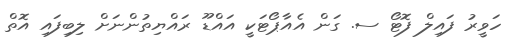
ހަވީރު ފައިލް ފޮޓޯ ސ. ގަން އެއާޕޯޓަކީ އައްޑޫ ރައްޔިތުންނަށް ލިބިފައި އޮތް